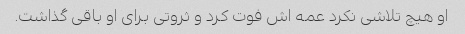
او هیچ تلاشی نکرد عمه اش فوت کرد و ثروتی برای او باقی گذاشت.